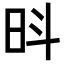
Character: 𪰍